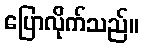
ပြောလိုက်သည်။